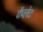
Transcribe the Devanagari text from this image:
टेंप्लेट